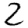
Digit: 2